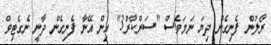
ރޯލުން ފެނިގެން ދިޔަ ނަމަވެސް "ސަރްކާރު3" އިން އޭނާ ފެނިގެން ދާނީ ނެގެޓިވް